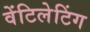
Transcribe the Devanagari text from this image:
वेंटिलेटिंग